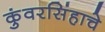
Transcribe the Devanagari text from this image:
कुंवरसिंहाचे